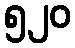
၅၂၀